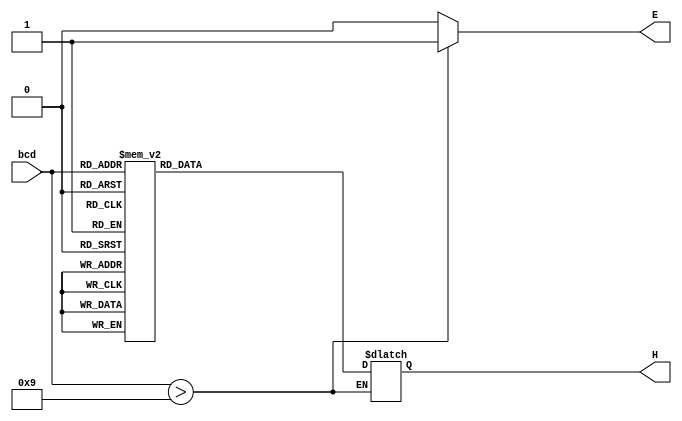
module decoder_hex_10 (
        input [3:0] bcd,
        output reg [0:6] H,
        output reg E);
        always @(bcd)
            if (bcd > 4'b1001) begin
                E = 1;
            end
            else begin
                E = 0;
                case (bcd)
                    0: H = 7'b0000001;
                    1: H = 7'b1001111;
                    2: H = 7'b0010010;
                    3: H = 7'b0000110;
                    4: H = 7'b1001100;
                    5: H = 7'b0100100;
                    6: H = 7'b0100000;
                    7: H = 7'b0001111;
                    8: H = 7'b0000000;
                    9: H = 7'b0000100;
                    default: H = 7'b1111111;
                endcase
            end
endmodule

module adder_BCD_2_digits (
	input [8:0] SW,
	output reg [0:6] HEX0, HEX1, 
	output [0:6] HEX3, HEX5,
	output [9:0] LEDR);

	wire [4:0] sum;
	wire err1, err2;
	
	assign LEDR[7:0] = SW[7:0];
	
	decoder_hex_10 display1(SW[7:4],HEX5,err2);
	decoder_hex_10 display2(SW[3:0],HEX3,err1);
	
	assign LEDR[9] = err1 | err2;
	
	assign sum[4:0] = SW[3:0] + SW[7:4] + SW[8];

	always @(sum) begin
	        case (sum)
            0: begin
                HEX0 = 7'b0000001;
                HEX1 = 7'b0000001;
                end
            1: begin
                HEX0 = 7'b1001111;
                HEX1 = 7'b0000001;
                end
            2: begin
                HEX0 = 7'b0010010;
                HEX1 = 7'b0000001;
                end
            3: begin
					HEX0 = 7'b0000110;
               HEX1 = 7'b0000001;
                end
            4: begin
					HEX0 = 7'b1001100;
                HEX1 = 7'b0000001;
                end
            5: begin
					 HEX0 = 7'b0100100;
                HEX1 = 7'b0000001;
                end
            6: begin
					 HEX0 = 7'b0100000;
                HEX1 = 7'b0000001;
                end
            7: begin
					HEX0 = 7'b0001111;
               HEX1 = 7'b0000001;
               end
            8: begin
					HEX0 = 7'b0000000;
               HEX1 = 7'b0000001;
               end
            9: begin
					HEX0 = 7'b0000100;
               HEX1 = 7'b0000001;
               end
            10: begin
                HEX0 = 7'b0000001;
                HEX1 = 7'b1001111;
                end
            11: begin
                HEX0 = 7'b1001111;
                HEX1 = 7'b1001111;
                end
            12: begin
                HEX0 = 7'b0010010;
                HEX1 = 7'b1001111;
                end
            13: begin
                HEX0 = 7'b0000110;
                HEX1 = 7'b1001111;
                end
            14: begin
                HEX0 = 7'b1001100;
                HEX1 = 7'b1001111;
                end
            15: begin
                HEX0 = 7'b0100100;
                HEX1 = 7'b1001111;
                end
            16: begin
                HEX0 = 7'b0100000;
                HEX1 = 7'b1001111;
                end
            17: begin
                HEX0 = 7'b0001111;
                HEX1 = 7'b1001111;
                end
            18: begin
                HEX0 = 7'b0000000;
                HEX1 = 7'b1001111;
                end
            19: begin
                HEX0 = 7'b0000100;
                HEX1 = 7'b1001111;
                end
            default: begin
                HEX0 = 7'b1111111;
                HEX1 = 7'b1111111;
                end
        endcase
		
		if(err1 | err2) begin
          HEX0 = 7'b1111111;
          HEX1 = 7'b1111111;
		end
	end
endmodule